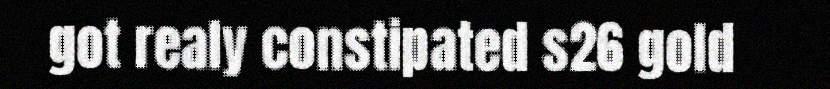
got realy constipated s26 gold